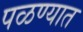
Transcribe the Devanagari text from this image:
पळण्यात